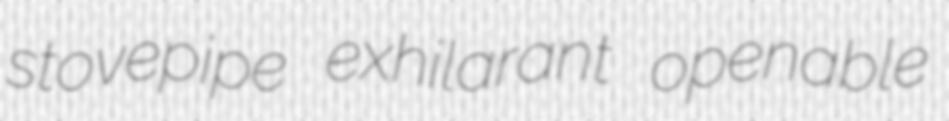
stovepipe exhilarant openable